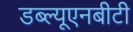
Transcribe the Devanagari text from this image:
डब्ल्यूएनबीटी